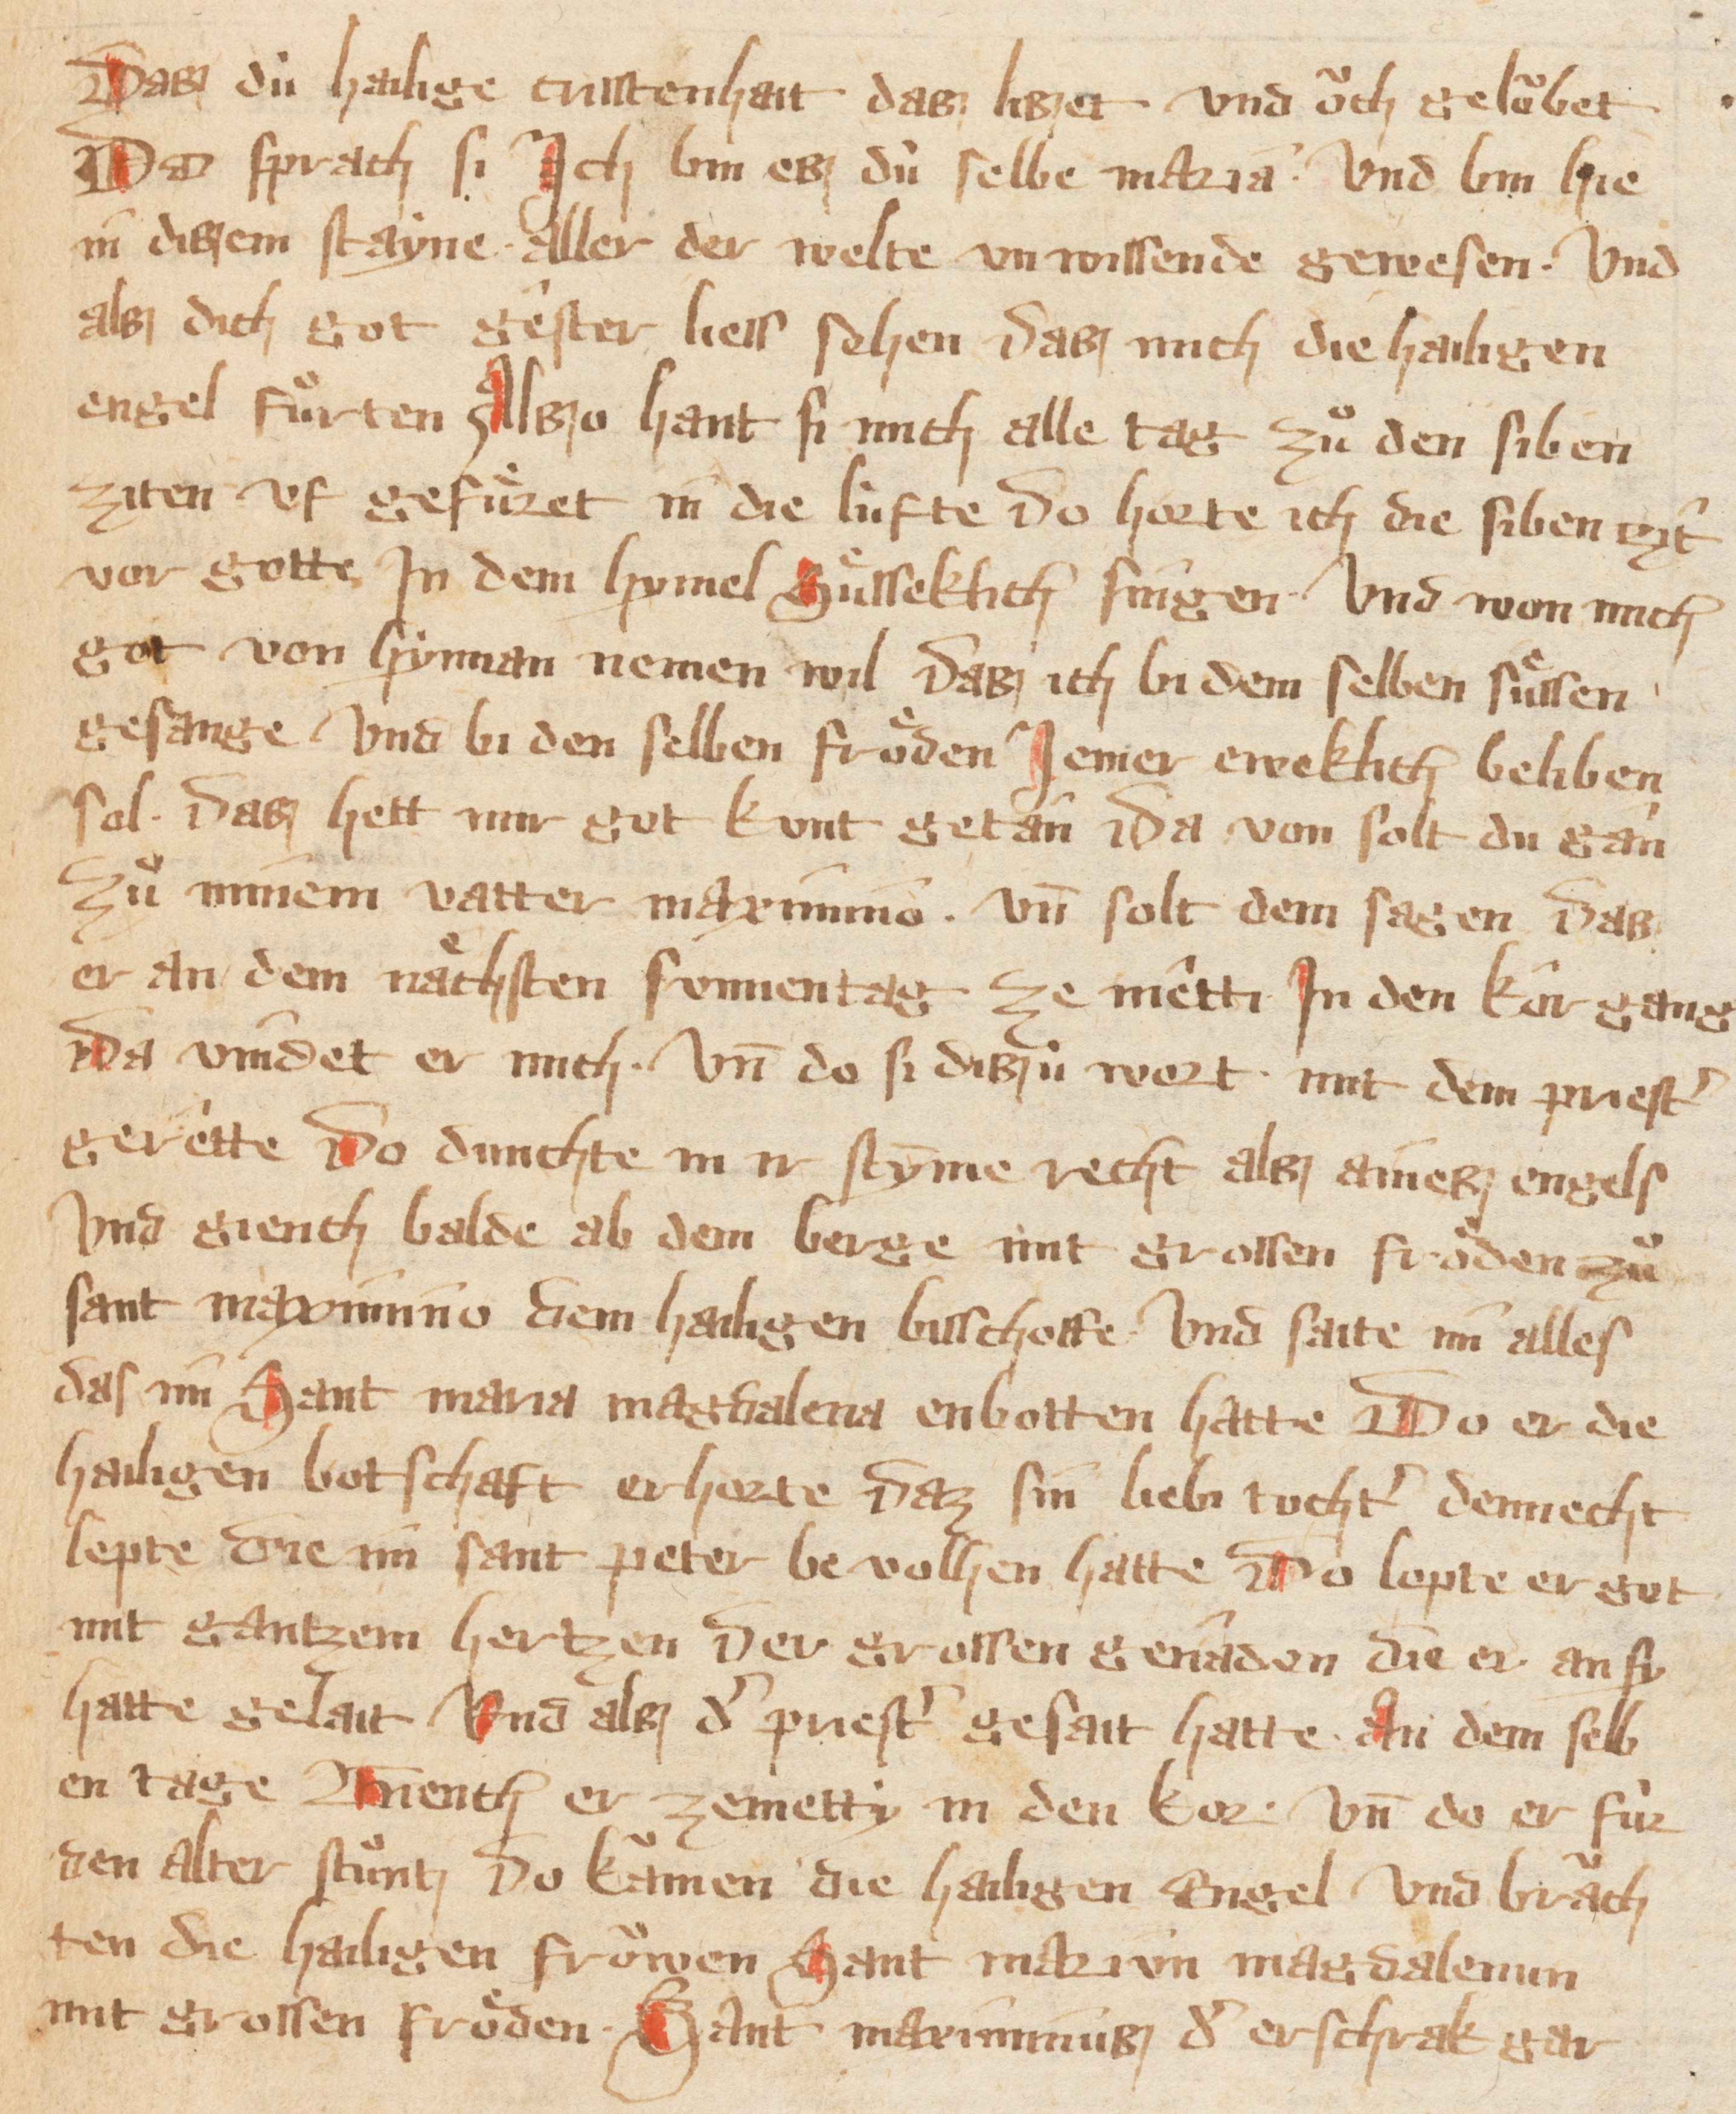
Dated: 1300–1399